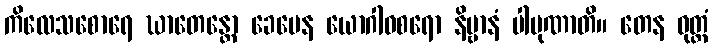
ကိလေသစောရေ ဃာတေန္တော ခေမေန ယောဂါဝစရော နိဗ္ဗာနံ ပါပုဏာတိ။ တေန ဝုတ္တံ